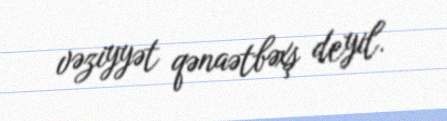
vəziyyət qənaətbəxş deyil.